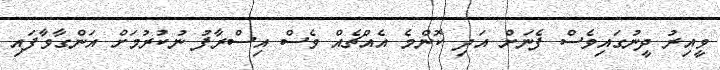
ވީއިރު ދީނުގައިވެސް ފެނަށް އަދި ކޮންމެ އެއްޗެއް ވެސް އިސްރާފު ނުކުރުމަށް އަންގާވާފައި